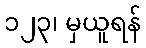
၁၂၃၊ မှယူရန်